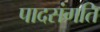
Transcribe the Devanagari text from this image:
पादसंगति